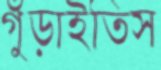
গুঁড়াইতিস